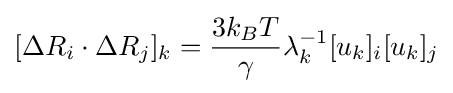
[\Delta R_{i}\cdot \Delta R_{j}]_{k}={\frac {3k_{B}T}{\gamma }}\lambda _{k}^{-1}[u_{k}]_{i}[u_{k}]_{j}